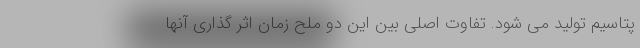
پتاسیم تولید می شود. تفاوت اصلی بین این دو ملح زمان اثر گذاری آنها